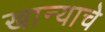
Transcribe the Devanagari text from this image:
खान्याचे